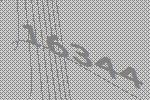
16344